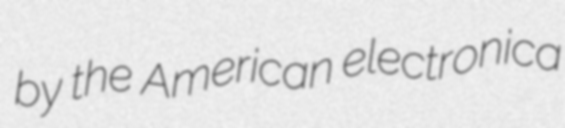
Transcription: by the American electronica